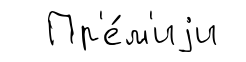
Пр'е́м'иjи